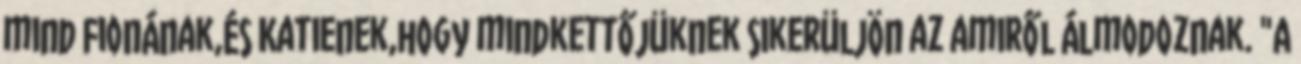
mind Fionának,és Katienek,hogy mindkettőjüknek sikerüljön az amiről álmodoznak. "A